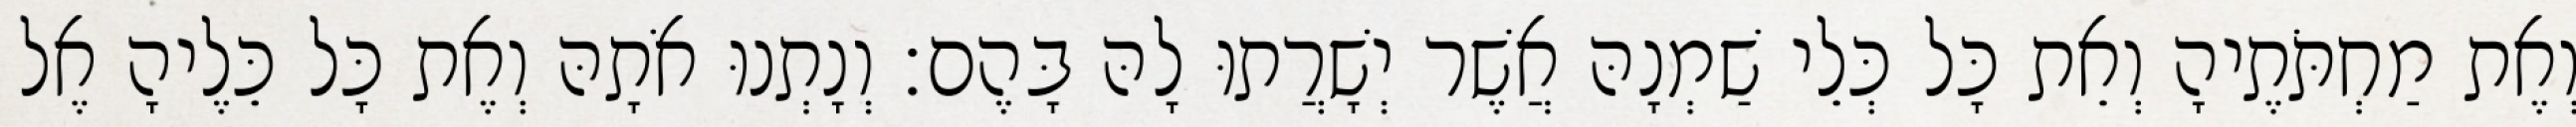
וְאֶת מַחְתֹּתֶיהָ וְאֵת כָּל כְּלֵי שַׁמְנָהּ אֲשֶׁר יְשָׁרֲתוּ לָהּ בָּהֶם׃ וְנָתְנוּ אֹתָהּ וְאֶת כָּל כֵּלֶיהָ אֶל